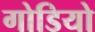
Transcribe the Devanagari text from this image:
गोडियो